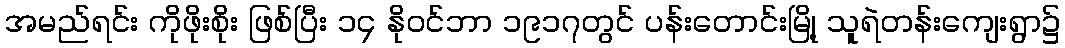
အမည်ရင်း ကိုဖိုးစိုး ဖြစ်ပြီး ၁၄ နိုဝင်ဘာ ၁၉၁၇တွင် ပန်းတောင်းမြို့ သူရဲတန်းကျေးရွာ၌